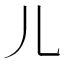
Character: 儿